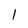
Character: 1